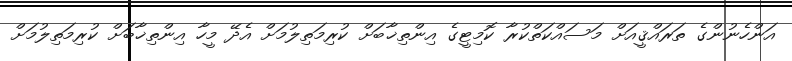
އަންހެނުންގެ ތަރައްޤީއަށް މަސައްކަތްކުރާ ކޮމިޓީގެ އިންތިޚާބަށް ކުރިމަތިލުމަށް އެދޭ މީހާ އިންތިޚާބަށް ކުރިމަތިލުމަށް